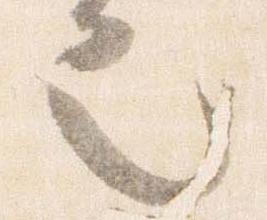
也